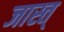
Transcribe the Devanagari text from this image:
जास्त्‌